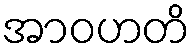
အာဝဟတိ